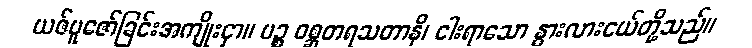
ယဇ်ပူဇော်ခြင်းအကျိုးငှာ။ ပဉ္စ ဝစ္ဆတရသတာနိ၊ ငါးရာသော နွားလားငယ်တို့သည်။